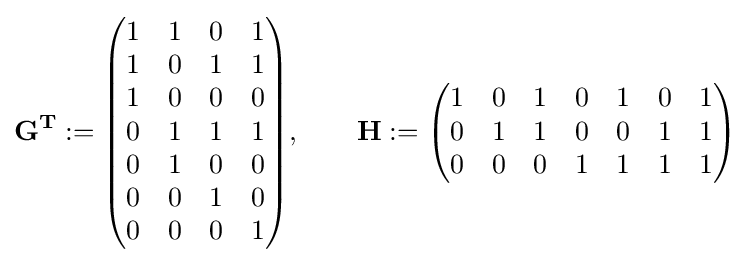
\mathbf {G^{T}} :={\begin{pmatrix}1&1&0&1\\1&0&1&1\\1&0&0&0\\0&1&1&1\\0&1&0&0\\0&0&1&0\\0&0&0&1\\\end{pmatrix}},\qquad \mathbf {H} :={\begin{pmatrix}1&0&1&0&1&0&1\\0&1&1&0&0&1&1\\0&0&0&1&1&1&1\\\end{pmatrix}}